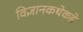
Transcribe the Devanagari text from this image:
विज्ञानकथेकडे